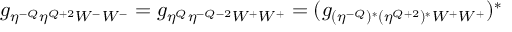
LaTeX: g _ { \eta ^ { - Q } \eta ^ { Q + 2 } W ^ { - } W ^ { - } } = g _ { \eta ^ { Q } \eta ^ { - Q - 2 } W ^ { + } W ^ { + } } = ( g _ { ( \eta ^ { - Q } ) ^ { * } ( \eta ^ { Q + 2 } ) ^ { * } W ^ { + } W ^ { + } } ) ^ { * }